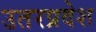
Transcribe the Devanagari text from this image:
उतरप्रदेश